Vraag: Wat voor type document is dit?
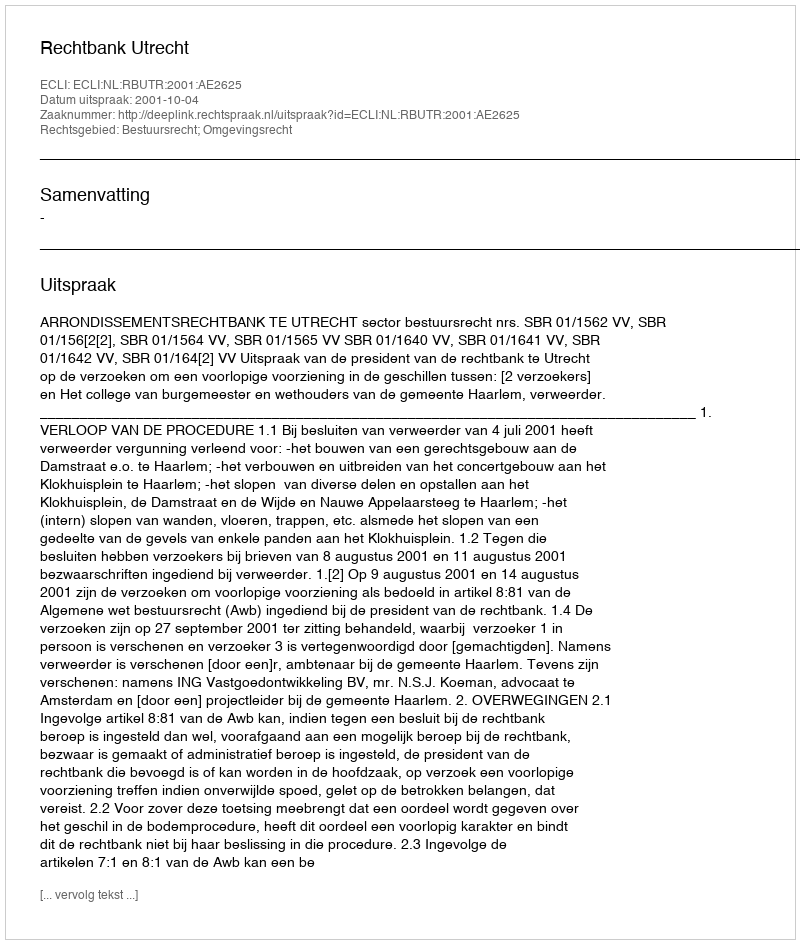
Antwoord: Uitspraak